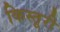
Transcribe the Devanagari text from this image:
किस्तूरी